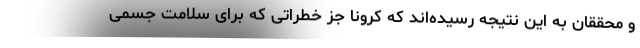
و محققان به این نتیجه رسیده‌اند که کرونا جز خطراتی که برای سلامت جسمی